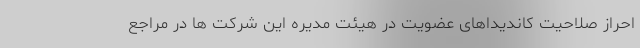
احراز صلاحیت کاندیداهای عضویت در هیئت مدیره این شرکت ها در مراجع